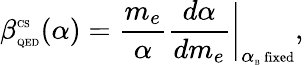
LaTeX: \beta_{\mathrm{\tiny{QED}}}^{\mathrm{\tiny{CS}}}(\alpha)=\frac{m_{e}}{\alpha}\frac{d\alpha}{dm_{e}}\biggr|_{\alpha_{\mathrm{\tiny{B}}}\mathrm{\scriptsize{~fixed}}},